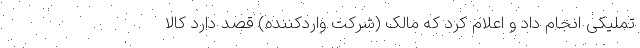
تملیکی انجام داد و اعلام کرد که مالک (شرکت واردکننده) قصد دارد کالا